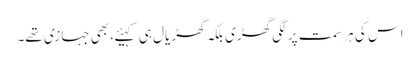
اس کی ہر سمت پر لگی گھڑی بلکہ گھڑیال ہی کہیئے، بھی جہازی تھے۔